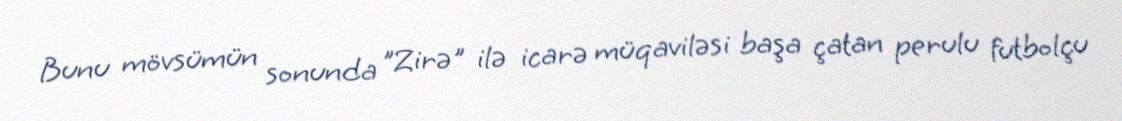
Bunu mövsümün sonunda "Zirə" ilə icarə müqaviləsi başa çatan perulu futbolçu